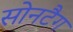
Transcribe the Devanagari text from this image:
सोनटैग